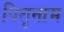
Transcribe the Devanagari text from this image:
पितृनाम